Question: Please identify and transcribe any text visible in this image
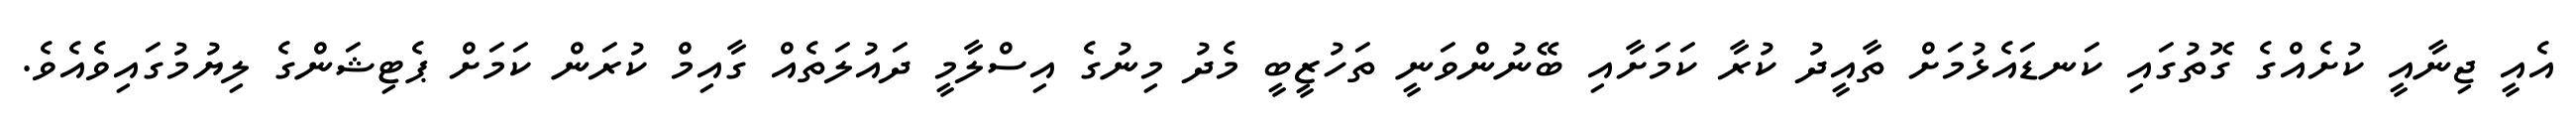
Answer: އެއީ ޖިނާއީ ކުށެއްގެ ގޮތުގައި ކަނޑައެޅުމަށް ތާއީދު ކުރާ ކަމަށާއި ބޭނުންވަނީ ތަހުޒީބީ މެދު މިނުގެ އިސްލާމީ ދައުލަތެއް ގާއިމް ކުރަން ކަމަށް ޕެޓިޝަންގެ ލިޔުމުގައިވެއެވެ.